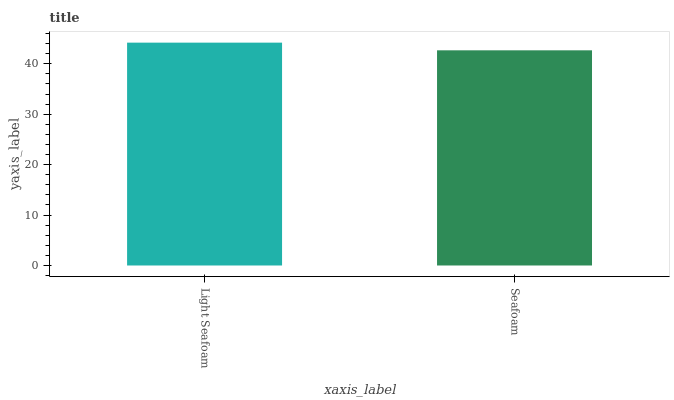
| xaxis_label | bars |
 | --- | --- |
 | Light Seafoam | 44.2 |
 | Seafoam | 42.7 |